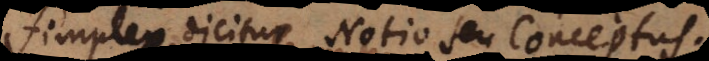
Simplex dicitur Notio seu Concept